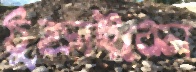
ঠুক্‌রাইবেন